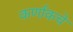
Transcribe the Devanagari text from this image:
कर्णाकचे